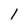
Character: 1